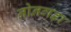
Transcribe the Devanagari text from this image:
नोनगड़ा